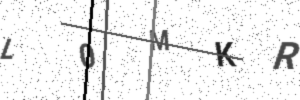
Text: L0MKR